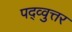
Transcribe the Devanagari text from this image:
पद्व्वुत्तर